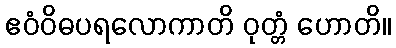
ဧဝံဝိဓပရလောကာတိ ဝုတ္တံ ဟောတိ။